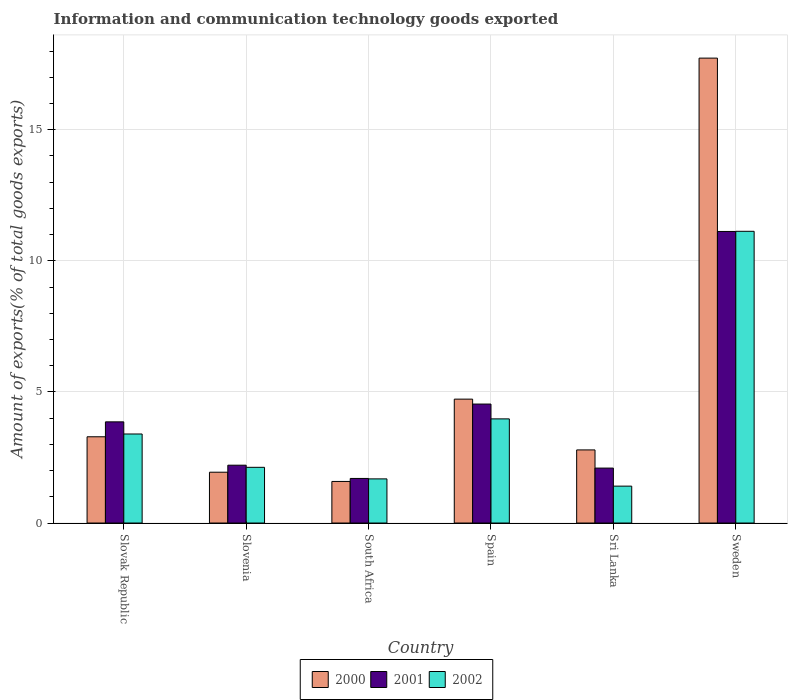
| Country | 2000 | 2001 | 2002 |
 | --- | --- | --- | --- |
 | Slovak Republic | 3.29 | 3.86 | 3.4 |
 | Slovenia | 1.94 | 2.21 | 2.12 |
 | South Africa | 1.59 | 1.7 | 1.68 |
 | Spain | 4.72 | 4.54 | 3.97 |
 | Sri Lanka | 2.79 | 2.1 | 1.41 |
 | Sweden | 17.7 | 11.1 | 11.1 |